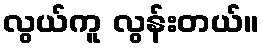
လွယ်ကူ လွန်းတယ်။